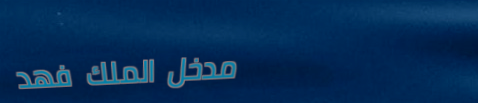
مدخل الملك فهد